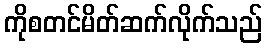
ကိုစတင်မိတ်ဆက်လိုက်သည်